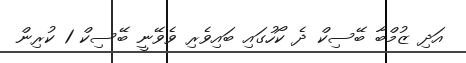
އަދި ޒުމްބާ ބޭސިކް ދެ ކޯހުގައި ބައިވެރި ވެވޭނީ ބޭސިކް 1 ކުރިން